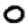
Digit: 0